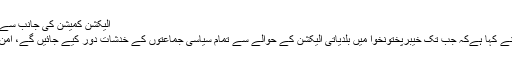
الیکشن کمیشن کی جانب سے جاری اثاثوں کی تفصیلات کے مطابق…
تحریک انصاف کے چئیرمین عمران خان نے کہا ہےکہ جب تک خیبرپختونخوا میں بلدیاتی الیکشن کے حوالے سے تمام سیاسی جماعتوں کے خدشات دور کیے جائیں گے، امن کے بغیر ملک میں خوشحالی نہیں آسکتی۔